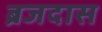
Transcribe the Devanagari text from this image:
ब्रजदास